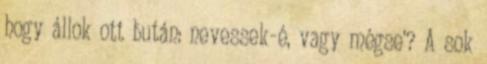
hogy állok ott bután: nevessek-é, vagy mégse'? A sok